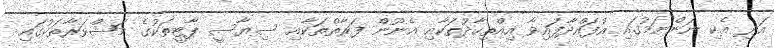
އަދި އެކި ނަންނަމުގައި އުފައްދާފައިވާ އިއްތިހާދުތަކާއި އެނޫން ފަރާތްތަކާއި ސިޔާސީ ޕާޓީތަކުގެ މަޝްވަރާތަކުގައި